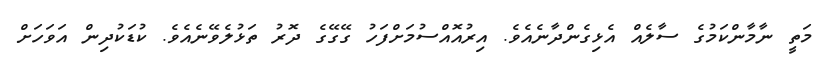
މަތީ ނާމާންކަމުގެ ސާލެއް އެޅިގެންދާނެއެވެ. އިރުއޮއްސުމަށްފަހު ގޭގޭގެ ދޮރު ތަޅުލެވޭނެއެވެ. ކުޑަކުދިން އަވަހަށް